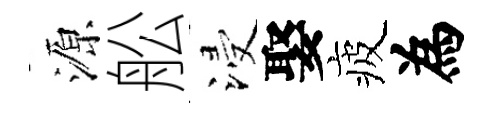
源舩浸娶疲為